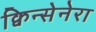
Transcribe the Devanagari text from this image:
क्विन्सेनेरा